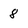
Character: 8